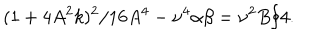
LaTeX: ( 1 + 4 A ^ { 2 } k ) ^ { 2 } / 1 6 A ^ { 4 } - \nu ^ { 4 } \alpha \beta = \nu ^ { 2 } B / 4 .